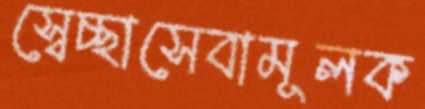
স্বেচ্ছাসেবামূলক